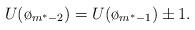
LaTeX: \begin{align*}U(\o_{m^*-2}) = U(\o_{m^*-1}) \pm1.\end{align*}